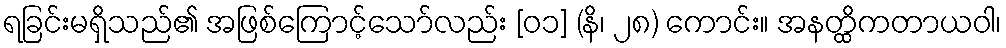
ရခြင်းမရှိသည်၏ အဖြစ်ကြောင့်သော်လည်း [ဝ၁] (နိ၊ ၂၈) ကောင်း။ အနတ္ထိကတာယဝါ၊